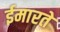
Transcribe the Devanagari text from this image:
ईमारते